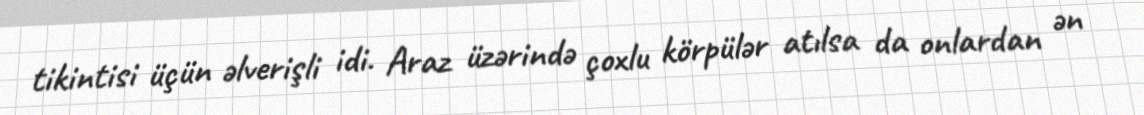
tikintisi üçün əlverişli idi. Araz üzərində çoxlu körpülər atılsa da onlardan ən